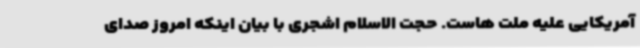
آمریکایی علیه ملت هاست. حجت الاسلام اشجری با بیان اینکه امروز صدای